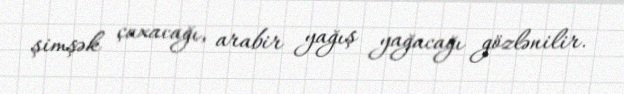
şimşək çaxacağı, arabir yağış yağacağı gözlənilir.